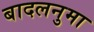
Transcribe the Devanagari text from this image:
बादलनुमा